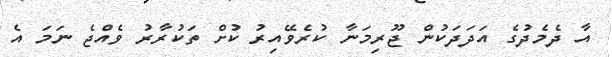
އާ ދެމެދުގެ އަދަދަކުން ޖޫރިމަނާ ކުރެވޭއިރު ކުށް ތަކުރާރު ވެއްޖެ ނަމަ އެ